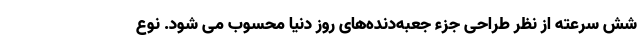
شش سرعته از نظر طراحی جزء جعبه‌دنده‌های روز دنیا محسوب می شود. نوع